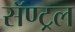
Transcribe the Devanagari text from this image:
सॅण्ट्रल